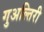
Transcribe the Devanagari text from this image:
गुअल्तिरी